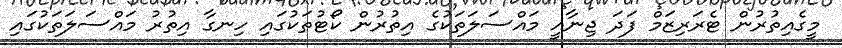
މީގެއިތުރުން ޓެރަރިޒަމް ފަދަ ޖިނާއީ މައްސަލަތަކުގެ އިތުރުން ކޯޓުތަކުގައި ހިނގާ އިތުރު މައްސަލަތަކުގައި